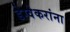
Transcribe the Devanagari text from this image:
डेग्वेकरांना